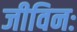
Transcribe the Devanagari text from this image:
जीविनः